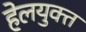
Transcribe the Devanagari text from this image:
हेलयुक्त